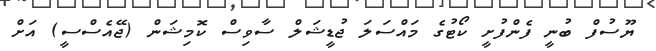
ޔޫސުފް ބުނީ ފެންފުށީ ކޯޓުގެ މައްސަލަ ޖުޑީޝަލް ސާވިސް ކޮމިޝަން (ޖޭއެސްސީ) އަށް